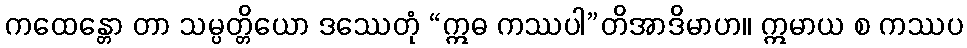
ကထေန္တော တာ သမ္ပတ္တိယော ဒဿေတုံ “ဣဓ ကဿပါ”တိအာဒိမာဟ။ ဣမာယ စ ကဿပ